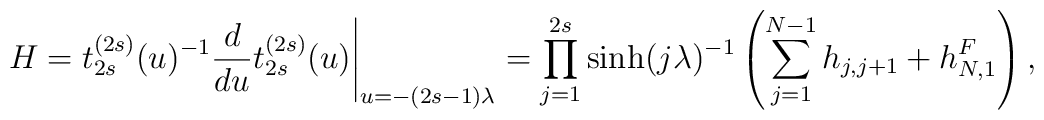
\left.H=t^{(2s)}_{2s}(u)^{-1} \frac{d}{du} t^{(2s)}_{2s}(u)\right|_{u=-(2s-1)\lambda} = \prod_{j=1}^{2s} \sinh(j \lambda)^{-1}\left( \sum_{j=1}^{N-1} h_{j,j+1} + h^{F}_{N,1} \right),